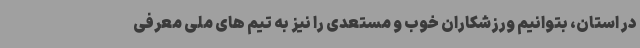
در استان، بتوانیم ورزشکاران خوب و مستعدی را نیز به تیم های ملی معرفی